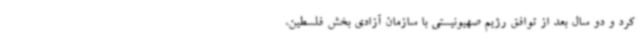
کرد و دو سال بعد از توافق رژیم صهیونیستی با سازمان آزادی بخش فلسطین،